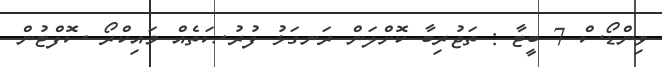
ވިންޑޯސް 7 ބީޓާ : ތަޖުރިބާ ކޮށްލަން ރަނގަޅު ފުރުޞަތެއް މައިކްރޯ ސޮފްޓުން